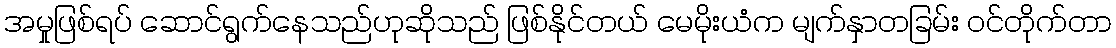
အမှုဖြစ်ရပ် ဆောင်ရွက်နေသည်ဟုဆိုသည် ဖြစ်နိုင်တယ် မေမိုးယံက မျက်နှာတခြမ်း ဝင်တိုက်တာ